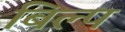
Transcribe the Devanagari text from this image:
बिल्प